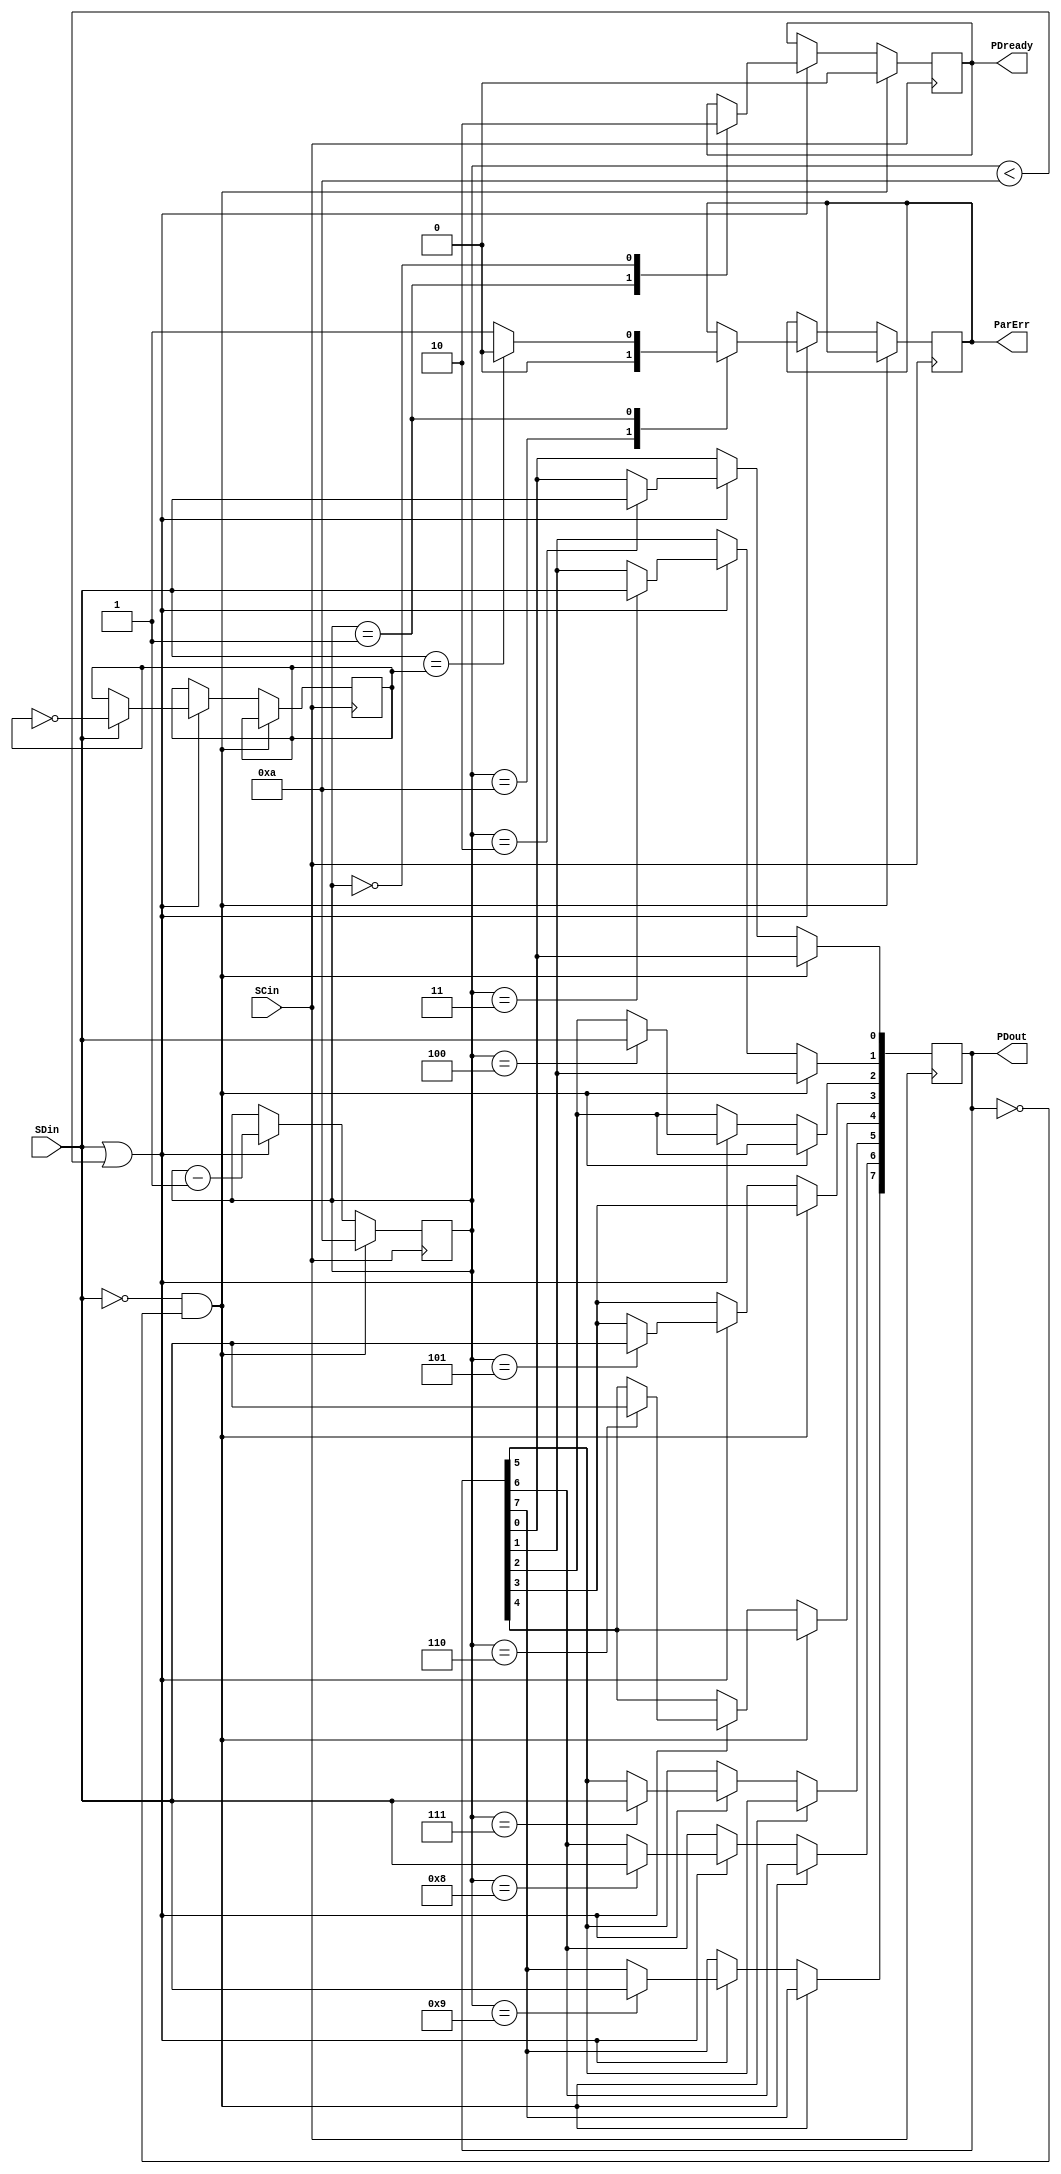
module Serial_Receiver_Modified(SCin, SDin, PDready, PDout,ParErr);

	input SCin,SDin;
	
	output reg PDready;
	output reg [7:0] PDout;
	output reg ParErr;
	
	reg parr;
	reg [3:0] counter;

	
	always @ (posedge SCin)
	begin
		if(SDin==1'b0 && PDout==8'd0)
		begin
			counter<=4'd10;
			PDready<=1'b0;
		end
		else if(SDin==1'b1 || counter <4'd10) 
		begin
			if(SDin==1'b1)//parity bit calculation
				parr<=~parr;
			else
				parr<=parr;
			case(counter) //obtaining parallel data
				4'd10:
				begin
					PDout<=PDout;
					ParErr<=1'b0;
				end
				4'd9:
					PDout[7]<=SDin;
				4'd8:
					PDout[6]<=SDin;
				4'd7:
					PDout[5]<=SDin;
				4'd6:
					PDout[4]<=SDin;
				4'd5:
					PDout[3]<=SDin;
				4'd4:
					PDout[2]<=SDin;
				4'd3:
					PDout[1]<=SDin;
				4'd2:
					PDout[0]<=SDin;
				4'd1:
				begin//checking is parity bit ok or not
					if(SDin==parr)
						ParErr<=1'b0;
					else
						ParErr<=1'b1;
					PDready<=1'b1;
				end
				4'd0:
				begin
					PDready<=1'b0;
					counter<=4'd10;
				end
				default:
					counter<=4'd10;
			endcase
			// updating counter in every clock
			counter<=counter-1'b1;
		end
		else
		begin
			counter<=counter;
			PDout<=PDout;
		end
				
	end

endmodule